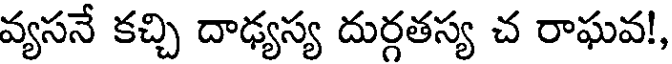
వ్యసనే కచ్చి దాఢ్యస్య దుర్గతస్య చ రాఘవ!,